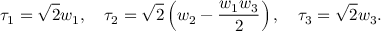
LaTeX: \tau _ { 1 } = \sqrt { 2 } w _ { 1 } , \quad \tau _ { 2 } = \sqrt { 2 } \left( w _ { 2 } - \frac { w _ { 1 } w _ { 3 } } { 2 } \right) , \quad \tau _ { 3 } = \sqrt { 2 } w _ { 3 } .